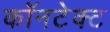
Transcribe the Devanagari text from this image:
कॉनटेक्ट